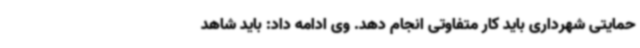
حمایتی شهرداری باید کار متفاوتی انجام دهد. وی ادامه داد: باید شاهد